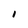
Character: 1